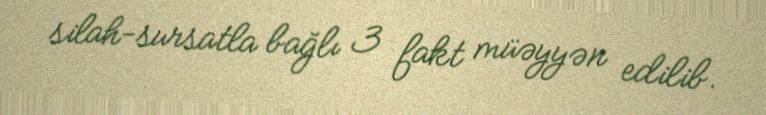
silah-sursatla bağlı 3 fakt müəyyən edilib.